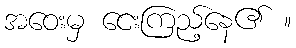
အဝေးမှ ငေးကြည့်နေ၏ ။